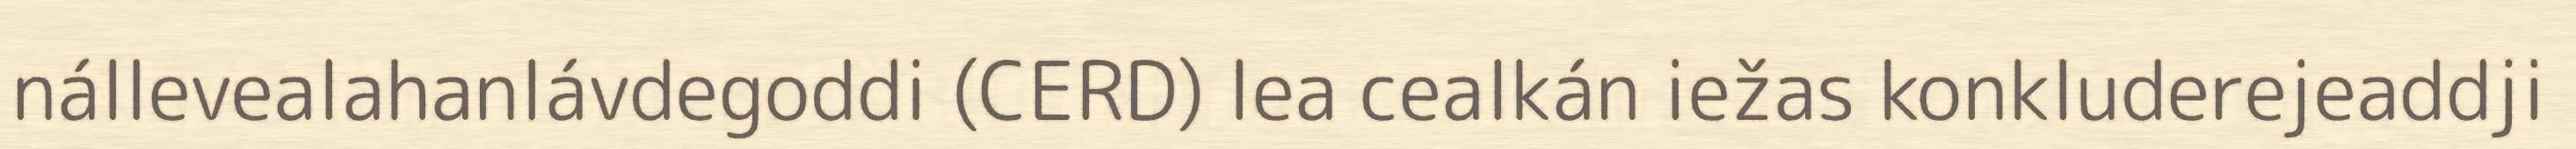
nállevealahanlávdegoddi (CERD) lea cealkán iežas konkluderejeaddji